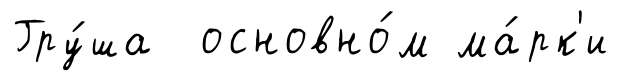
Гру́ша основно́м ма́рк'и